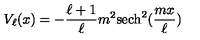
V _ { \ell } ( x ) = - \frac { \ell + 1 } { \ell } m ^ { 2 } \mathrm { s e c h } ^ { 2 } ( \frac { m x } { \ell } )